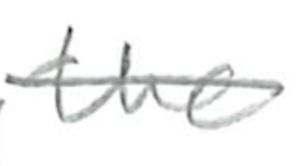
Text: the
Cross-out: single-line
Writing tool: pencil